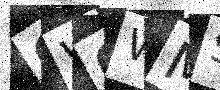
Text: OW6WMS